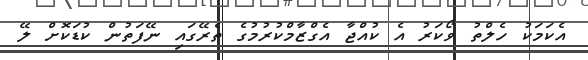
އެކަމަކު ހެލްތު ވޯކަރު އެ ކުއްޖާ އެގްޒާމްކުރުމުގެ ތެރޭގައި ނޭފަތުން ކުޑަކޮށް ލޭ